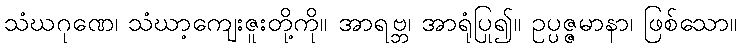
သံဃဂုဏေ၊ သံဃာ့ကျေးဇူးတို့ကို။ အာရဗ္ဘ၊ အာရုံပြု၍။ ဥပ္ပဇ္ဇမာနာ၊ ဖြစ်သော။